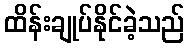
ထိန်းချုပ်နိုင်ခဲ့သည်